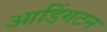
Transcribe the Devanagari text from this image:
आडिंगटन